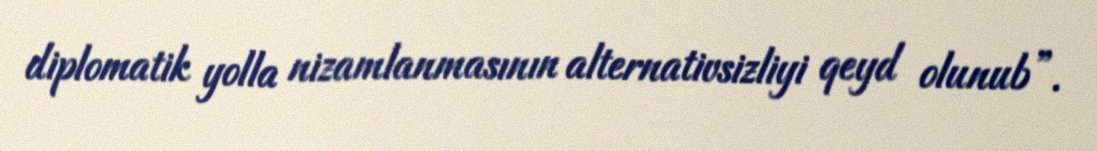
diplomatik yolla nizamlanmasının alternativsizliyi qeyd olunub”.